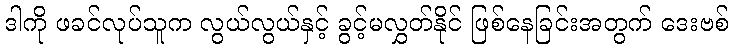
ဒါကို ဖခင်လုပ်သူက လွယ်လွယ်နှင့် ခွင့်မလွှတ်နိုင် ဖြစ်နေခြင်းအတွက် ဒေးဗစ်